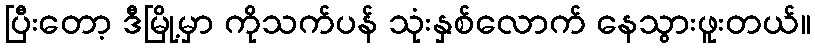
ပြီးတော့ ဒီမြို့မှာ ကိုသက်ပန် သုံးနှစ်လောက် နေသွားဖူးတယ်။